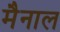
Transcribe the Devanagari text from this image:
मैनाल